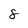
Character: 8